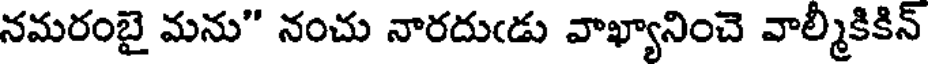
నమరంబై మను" నంచు నారదుఁడు వాఖ్యానించె వాల్మీకికిన్